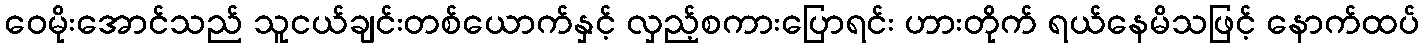
ဝေမိုးအောင်သည် သူငယ်ချင်းတစ်ယောက်နှင့် လှည့်စကားပြောရင်း ဟားတိုက် ရယ်နေမိသဖြင့် နောက်ထပ်